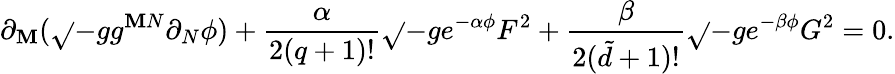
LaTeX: \partial_{\mathbf{M}}(\sqrt{}{{-g}}g^{\mathbf{M}N}\partial_{N}\phi)+\frac{{\alpha}}{{2(q+1)!}}\sqrt{}{{-g}}e^{-\alpha\phi}F^{2}+\frac{{\beta}}{{2({\tilde{{d}}}+1)!}}\sqrt{}{{-g}}e^{-\beta\phi}G^{2}=0.